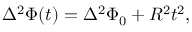
\Delta ^ { 2 } \Phi ( t ) = \Delta ^ { 2 } \Phi _ { 0 } + R ^ { 2 } t ^ { 2 } ,